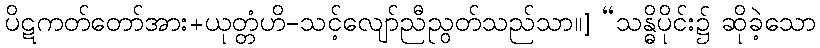
ပိဋကတ်တော်အား+ယုတ္တံဟိ-သင့်လျော်ညီညွတ်သည်သာ။] “သန္ဓိပိုင်း၌ ဆိုခဲ့သော